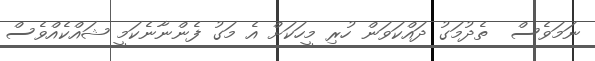
ނަމަވެސް  ތެދުމަގު ދައްކަވަން ހުރި މީހަކަށް އެ މަގު ފެންނާނެކަމީ ޝައްކެއްވެސް